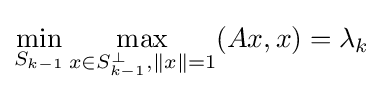
\min _{S_{k-1}}\max _{x\in S_{k-1}^{\perp },\|x\|=1}(Ax,x)=\lambda _{k}